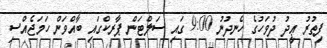
ފިޠުރު ޢީދު ދުވަހުގެ ހެނދުނު 9:00 ގައި ސަލްޓަން ޕާރކްގައި ބާއްވަން ހަމަޖެއްސި